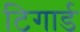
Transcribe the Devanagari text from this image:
टिगार्ड